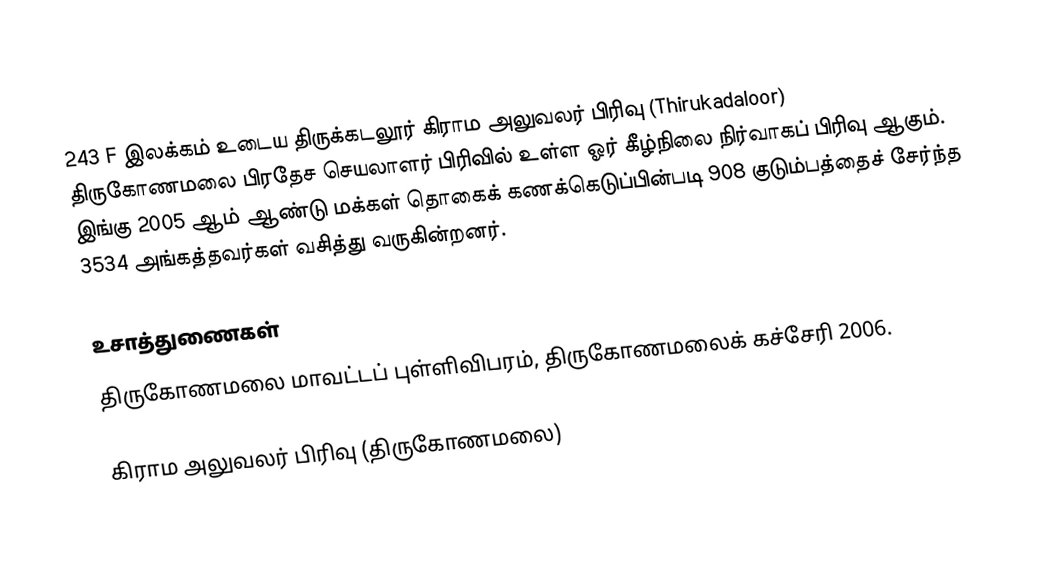
243 F இலக்கம்  உடைய திருக்கடலூர் கிராம அலுவலர் பிரிவு  (Thirukadaloor) திருகோணமலை பிரதேச செயலாளர் பிரிவில் உள்ள ஓர் கீழ்நிலை நிர்வாகப் பிரிவு ஆகும். இங்கு 2005 ஆம் ஆண்டு மக்கள் தொகைக் கணக்கெடுப்பின்படி 908 குடும்பத்தைச் சேர்ந்த 3534 அங்கத்தவர்கள் வசித்து வருகின்றனர்.

உசாத்துணைகள்
திருகோணமலை மாவட்டப் புள்ளிவிபரம், திருகோணமலைக் கச்சேரி 2006.

கிராம அலுவலர் பிரிவு (திருகோணமலை)